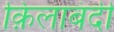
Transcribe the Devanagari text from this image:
क़िलाबंदी